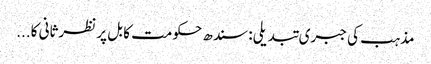
مذہب کی جبری تبدیلی: سندھ حکومت کا بل پر نظرثانی کا...